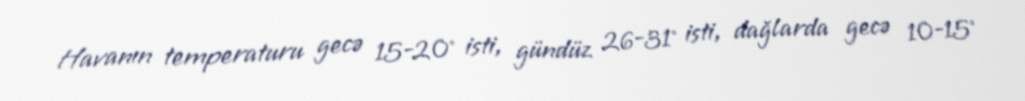
Havanın temperaturu gecə 15-20° isti, gündüz 26-31° isti, dağlarda gecə 10-15°